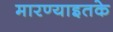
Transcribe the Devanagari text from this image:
मारण्याइतके